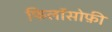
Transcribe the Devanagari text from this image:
फिलॉसोफ़ी